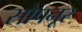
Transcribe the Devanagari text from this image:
सोपनूर